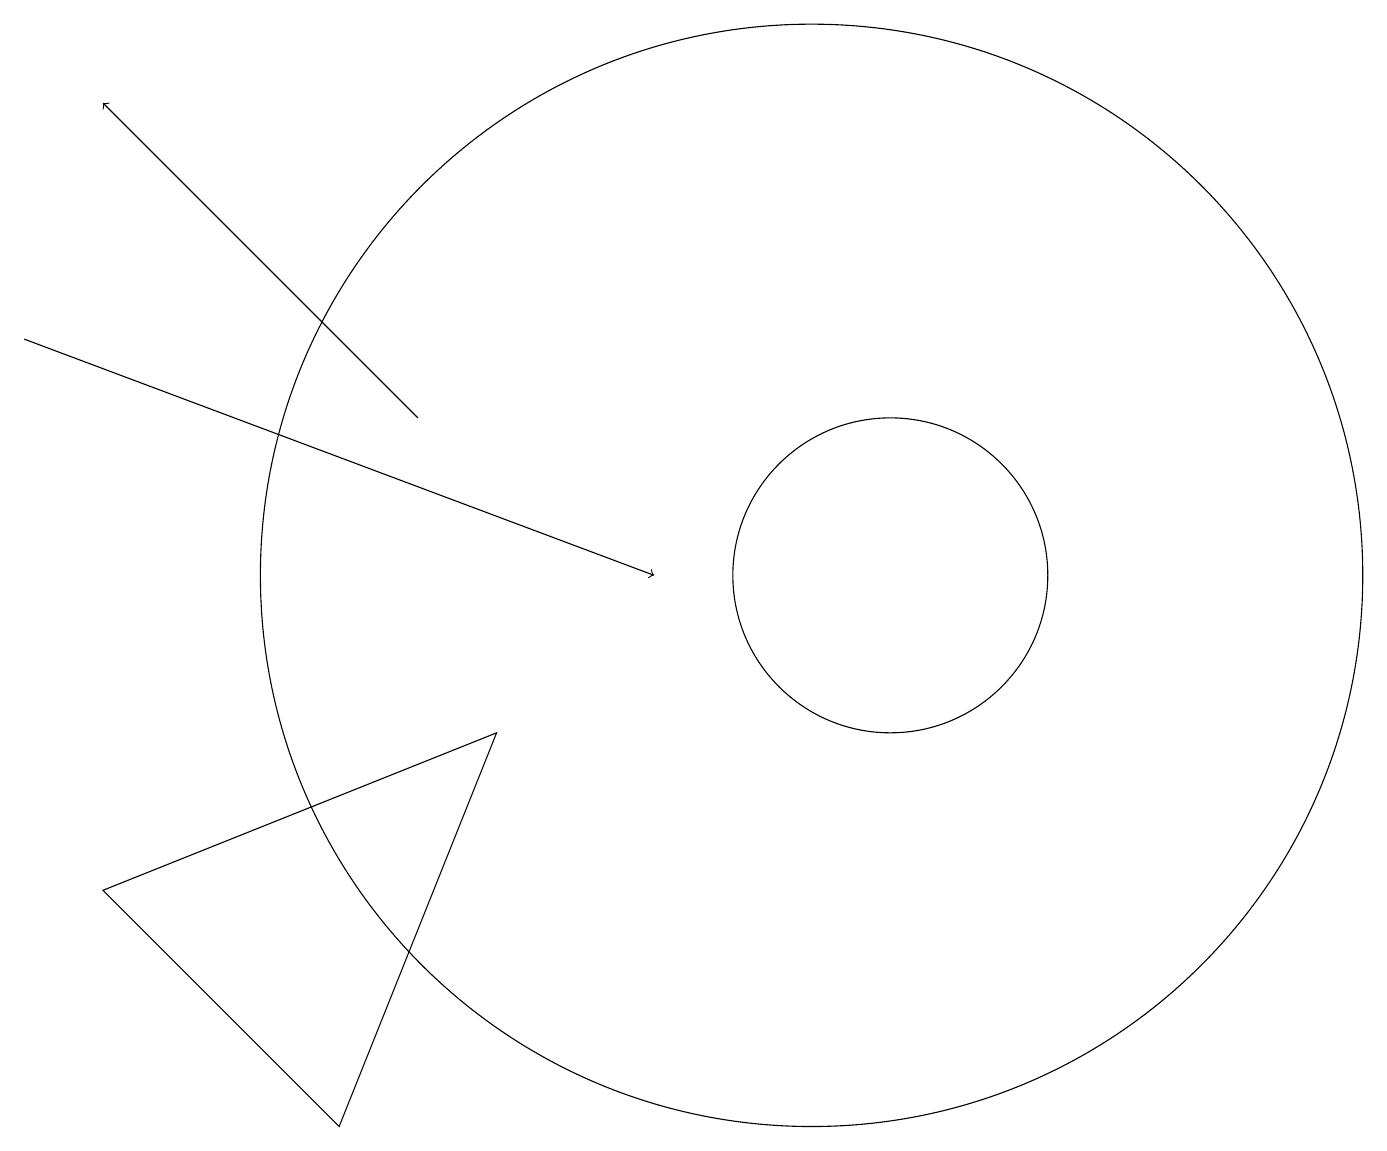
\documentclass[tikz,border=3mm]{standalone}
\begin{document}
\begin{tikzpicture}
\draw[->] (5,12) -- (1,16);
\draw (10,10) circle (7);
\draw (11,10) circle (2);
\draw (4,3) -- (1,6) -- (6,8) -- cycle;
\draw[->] (0,13) -- (8,10);
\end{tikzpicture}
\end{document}